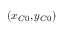
( x _ { C 0 } , y _ { C 0 } )